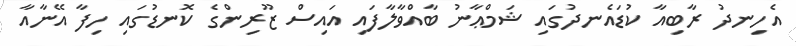
އެހިނދު ރާބިއާ ކުޑައެނދުގައި ޝަމްޢާނު ބާއްވާލާފައި އައިސް ޒޫރިންގެ ކޮނޑުގައި ހިފާ އޭނާއާ